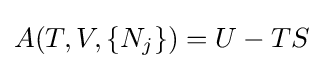
A(T,V,\{N_{j}\})=U-TS